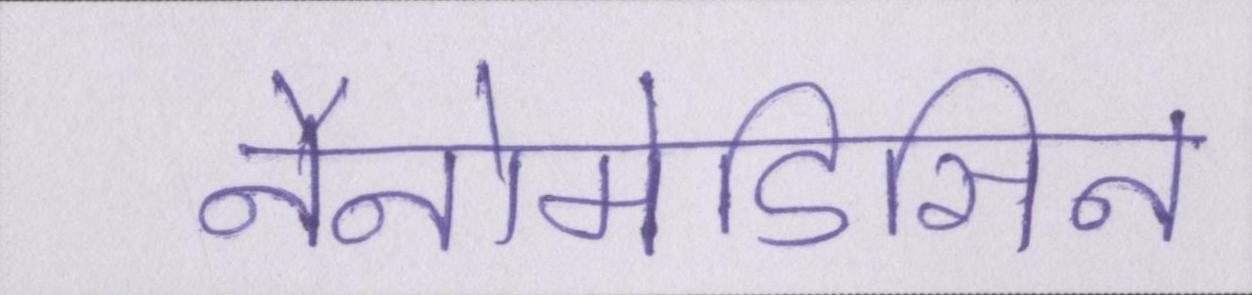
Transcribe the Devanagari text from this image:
नैनोमेडिसिन